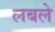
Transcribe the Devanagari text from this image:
लबले